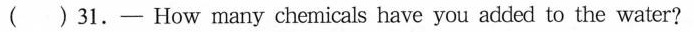
( ) 31.-How many chemicals have you added to the water?